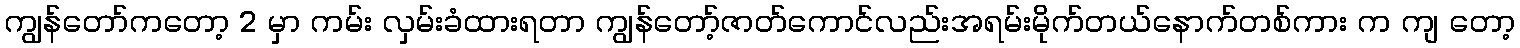
ကျွန်တော်ကတော့ 2 မှာ ကမ်း လှမ်းခံထားရတာ ကျွန်တော့်ဇာတ်ကောင်လည်းအရမ်းမိုက်တယ်နောက်တစ်ကား က ကျ တော့